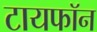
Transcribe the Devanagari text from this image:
टायफॉन